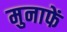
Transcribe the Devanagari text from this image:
मुनाफें